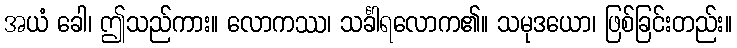
အယံ ခေါ၊ ဤသည်ကား။ လောကဿ၊ သင်္ခါရလောက၏။ သမုဒယော၊ ဖြစ်ခြင်းတည်း။